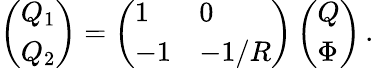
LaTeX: \begin{array}{r}{\left(\begin{array}{l}{Q_{1}}\\ {Q_{2}}\end{array}\right)=\left(\begin{array}{ll}{1}&{0}\\ {-1}&{-1/R}\end{array}\right)\left(\begin{array}{l}{Q}\\ {\Phi}\end{array}\right)\, .}\end{array}